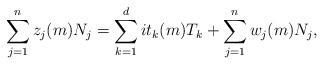
LaTeX: \begin{align*}\sum_{j=1}^n z_j(m) N_j = \sum_{k=1}^d i t_k(m) T_k + \sum_{j=1}^n w_j(m) N_j,\end{align*}